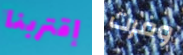
إقتربنا وفرت